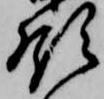
領